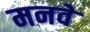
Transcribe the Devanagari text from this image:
मनवे